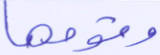
وقومها